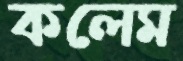
কলেম